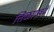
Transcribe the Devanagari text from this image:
तिळाएवढे